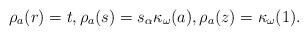
LaTeX: \begin{align*}\rho_a(r)= t, \rho_a(s)= s_\alpha \kappa_{\omega}(a), \rho_a(z)= \kappa_{\omega}(1). \end{align*}